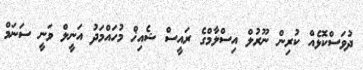
ދުވަސްކޮޅެއް ކުރިން ނޫރުލް އިސްލާމްގެ ރައީސް ޝެއިޚް މުހައްމަދު އަނީލް ވަނީ ސަނަމް